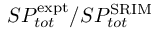
S P _ { t o t } ^ { \mathrm { e x p t } } / S P _ { t o t } ^ { \mathrm { S R I M } }